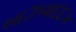
બાઝવાદદક